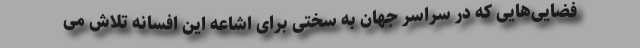
فضایی‌هایی که در سراسر جهان به سختی برای اشاعه این افسانه تلاش می